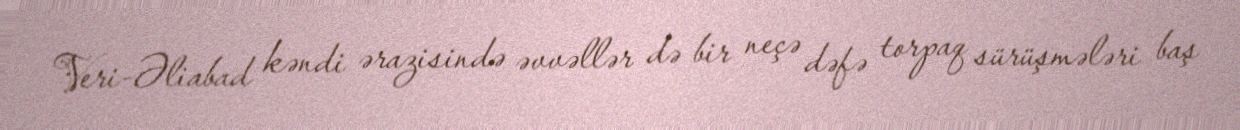
Veri-Əliabad kəndi ərazisində əvvəllər də bir neçə dəfə torpaq sürüşmələri baş